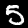
Label: 5